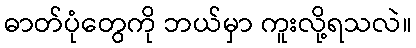
ဓာတ်ပုံတွေကို ဘယ်မှာ ကူးလို့ရသလဲ။